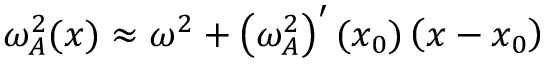
\begin{array} { r } { \omega _ { A } ^ { 2 } ( x ) \approx \omega ^ { 2 } + \left( \omega _ { A } ^ { 2 } \right) ^ { \prime } ( x _ { 0 } ) \left( x - x _ { 0 } \right) } \end{array}